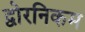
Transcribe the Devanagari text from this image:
द्वोरनिकम